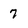
Character: 7